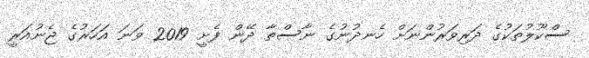
ސްކޫލުތަކުގެ ދަރިވަރުންނަށް ހެނދުނުގެ ނާސްތާ ދޭން ފެށީ 2019 ވަނަ އަަހަރުގެ ޖެނުއަރީ